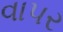
વાપર